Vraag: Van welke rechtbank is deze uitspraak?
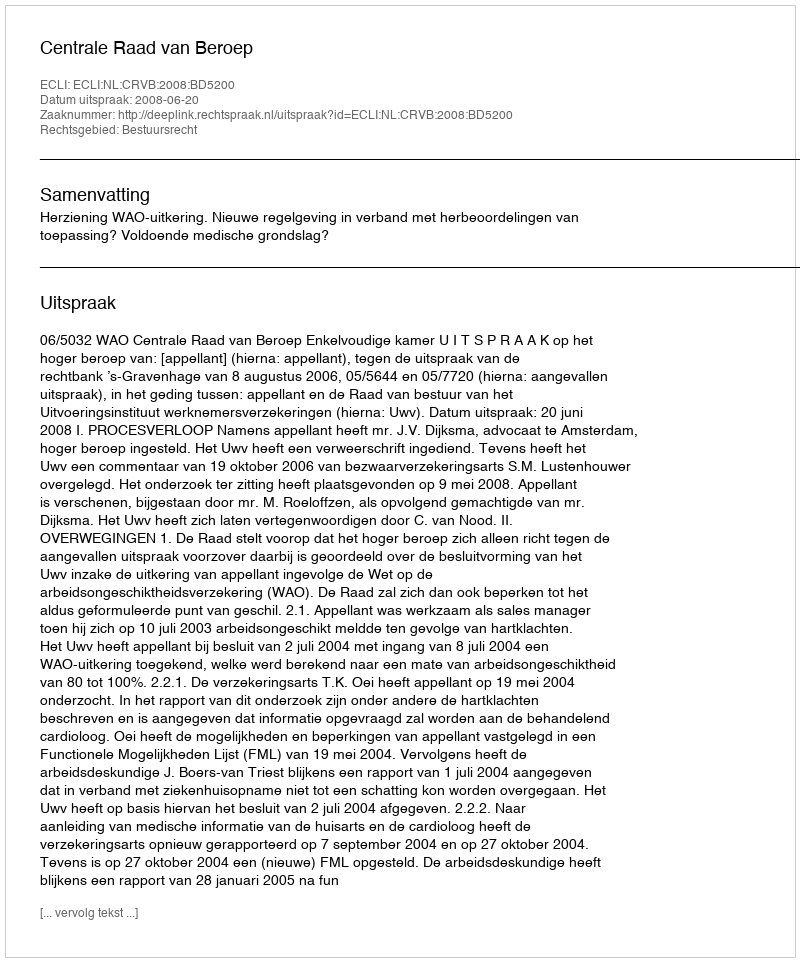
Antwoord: Centrale Raad van Beroep